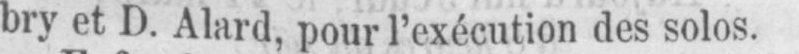
bry et D. Alard, pour l’exécution des solos.